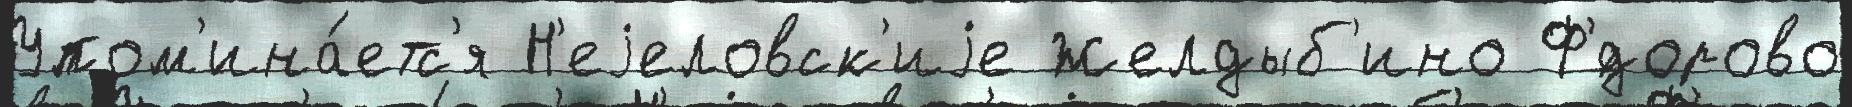
Упом'ина́етс'я Н'еjеловск'иjе Желдыб'ино Ф'́дорово